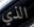
الذي